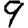
Digit: 9